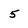
Character: 5